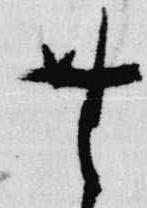
無